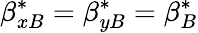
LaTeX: \beta_{xB}^{*}=\beta_{yB}^{*}=\beta_{B}^{*}